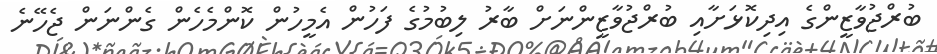
ބުރްޖުވާޒީންގެ އިދިކޮޅަށާއި ބުރްޖުވާޒީންނަށް ބާރު ލިބުމުގެ ފަހުން އެމީހުން ކޮންމެހެން ގެންނަން ޖެހޭނެ